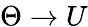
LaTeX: \Theta\xrightarrow{}U